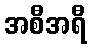
အစီအရီ